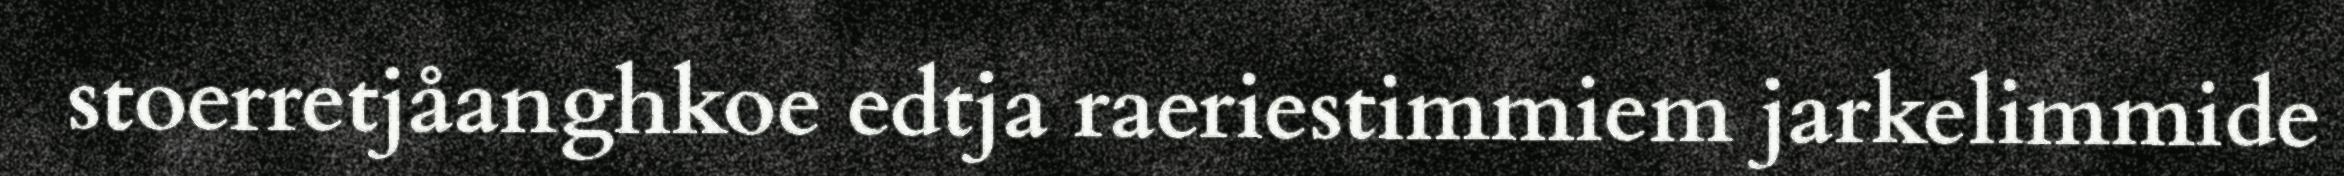
stoerretjåanghkoe edtja raeriestimmiem jarkelimmide